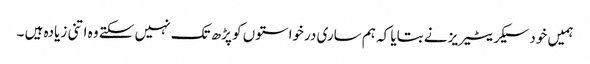
ہمیں خود سیکریٹیریز نے بتایا کہ ہم ساری درخواستوں کو پڑھ تک نہیں سکتے وہ اتنی زیادہ ہیں ۔